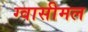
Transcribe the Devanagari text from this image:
ग्वासीमल